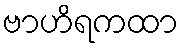
ဗာဟိရကထာ